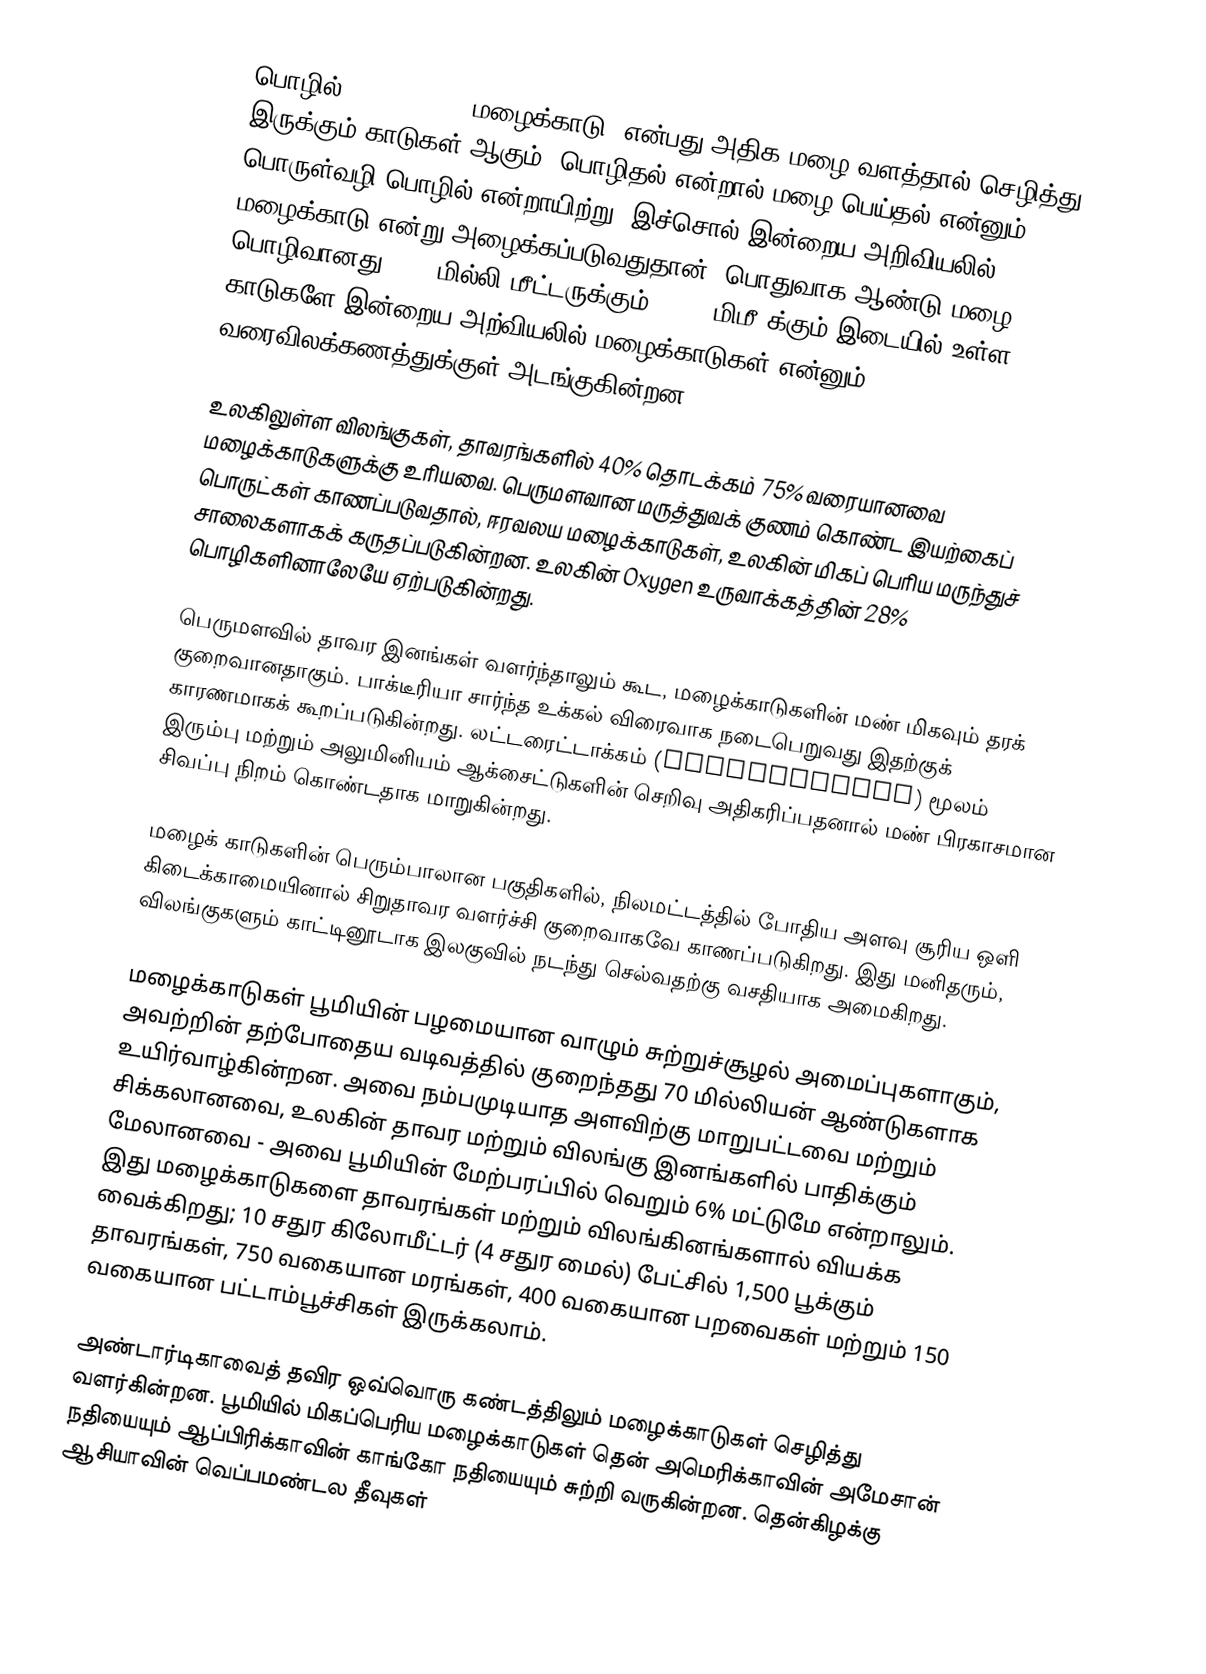
பொழில் (Rainforest, மழைக்காடு) என்பது அதிக மழை வளத்தால் செழித்து இருக்கும் காடுகள் ஆகும். பொழிதல் என்றால் மழை பெய்தல் என்னும் பொருள்வழி பொழில் என்றாயிற்று. இச்சொல் இன்றைய அறிவியலில் மழைக்காடு என்று அழைக்கப்படுவதுதான். பொதுவாக ஆண்டு மழை பொழிவானது 1750 மில்லி மீட்டருக்கும், 2000 மிமீ க்கும் இடையில் உள்ள காடுகளே இன்றைய அற்வியலில் மழைக்காடுகள் என்னும் வரைவிலக்கணத்துக்குள் அடங்குகின்றன.

உலகிலுள்ள விலங்குகள், தாவரங்களில் 40% தொடக்கம் 75% வரையானவை மழைக்காடுகளுக்கு உரியவை. பெருமளவான மருத்துவக் குணம் கொண்ட இயற்கைப் பொருட்கள் காணப்படுவதால், ஈரவலய மழைக்காடுகள், உலகின் மிகப் பெரிய மருந்துச் சாலைகளாகக் கருதப்படுகின்றன. உலகின் Oxygen உருவாக்கத்தின் 28% பொழிகளினாலேயே ஏற்படுகின்றது.

பெருமளவில் தாவர இனங்கள் வளர்ந்தாலும் கூட, மழைக்காடுகளின் மண் மிகவும் தரக் குறைவானதாகும். பாக்டீரியா சார்ந்த உக்கல் விரைவாக நடைபெறுவது இதற்குக் காரணமாகக் கூறப்படுகின்றது. லட்டரைட்டாக்கம் (laterization) மூலம் இரும்பு மற்றும் அலுமினியம் ஆக்சைட்டுகளின் செறிவு அதிகரிப்பதனால் மண் பிரகாசமான சிவப்பு நிறம் கொண்டதாக மாறுகின்றது.

மழைக் காடுகளின் பெரும்பாலான பகுதிகளில், நிலமட்டத்தில் போதிய அளவு சூரிய ஒளி கிடைக்காமையினால் சிறுதாவர வளர்ச்சி குறைவாகவே காணப்படுகிறது. இது மனிதரும், விலங்குகளும் காட்டினூடாக இலகுவில் நடந்து செல்வதற்கு வசதியாக அமைகிறது.

மழைக்காடுகள் பூமியின் பழமையான வாழும் சுற்றுச்சூழல் அமைப்புகளாகும், அவற்றின் தற்போதைய வடிவத்தில் குறைந்தது 70 மில்லியன் ஆண்டுகளாக உயிர்வாழ்கின்றன. அவை நம்பமுடியாத அளவிற்கு மாறுபட்டவை மற்றும் சிக்கலானவை, உலகின் தாவர மற்றும் விலங்கு இனங்களில் பாதிக்கும் மேலானவை - அவை பூமியின் மேற்பரப்பில் வெறும் 6% மட்டுமே என்றாலும். இது மழைக்காடுகளை தாவரங்கள் மற்றும் விலங்கினங்களால் வியக்க வைக்கிறது; 10 சதுர கிலோமீட்டர் (4 சதுர மைல்) பேட்சில் 1,500 பூக்கும் தாவரங்கள், 750 வகையான மரங்கள், 400 வகையான பறவைகள் மற்றும் 150 வகையான பட்டாம்பூச்சிகள் இருக்கலாம்.

அண்டார்டிகாவைத் தவிர ஒவ்வொரு கண்டத்திலும் மழைக்காடுகள் செழித்து வளர்கின்றன. பூமியில் மிகப்பெரிய மழைக்காடுகள் தென் அமெரிக்காவின் அமேசான் நதியையும் ஆப்பிரிக்காவின் காங்கோ நதியையும் சுற்றி வருகின்றன. தென்கிழக்கு ஆசியாவின் வெப்பமண்டல தீவுகள்